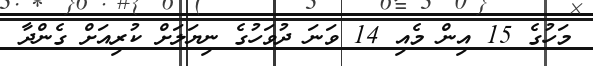
މަހުގެ 15 އިން މެއި 14 ވަނަ ދުވަހުގެ ނިޔަލަށް ކުރިއަށް ގެންދާ